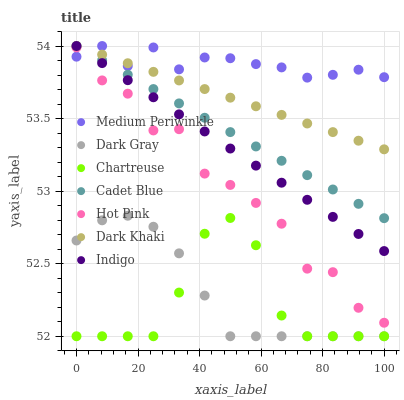
| xaxis_label | Medium Periwinkle | Dark Gray | Chartreuse | Cadet Blue | Hot Pink | Dark Khaki | Indigo |
 | --- | --- | --- | --- | --- | --- | --- | --- |
 | 0 | 53.9 | 52.7 | 52 | 54 | 54 | 54 | 54 |
 | 8.33 | 54 | 52.8 | 52 | 53.9 | 53.8 | 53.9 | 53.9 |
 | 16.7 | 53.9 | 52.8 | 52 | 53.8 | 53.7 | 53.9 | 53.8 |
 | 25 | 54 | 52.8 | 52 | 53.7 | 53.4 | 53.8 | 53.6 |
 | 33.3 | 53.8 | 52.6 | 52.3 | 53.6 | 53.4 | 53.8 | 53.5 |
 | 41.7 | 53.9 | 52.3 | 52.7 | 53.5 | 53.1 | 53.7 | 53.4 |
 | 50 | 53.9 | 52 | 52.8 | 53.4 | 53 | 53.6 | 53.3 |
 | 58.3 | 53.9 | 52 | 52.6 | 53.3 | 52.9 | 53.6 | 53.2 |
 | 66.7 | 53.9 | 52 | 52.1 | 53.2 | 52.8 | 53.5 | 53.1 |
 | 75 | 53.8 | 52 | 52 | 53.1 | 52.5 | 53.5 | 52.9 |
 | 83.3 | 53.8 | 52 | 52 | 53 | 52.4 | 53.4 | 52.8 |
 | 91.7 | 53.8 | 52 | 52 | 52.9 | 52.2 | 53.3 | 52.7 |
 | 100 | 53.8 | 52 | 52 | 52.8 | 52.1 | 53.3 | 52.6 |